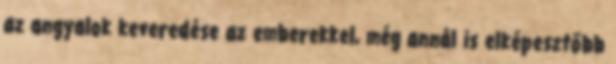
az angyalok keveredése az emberekkel, még annál is elképesztőbb